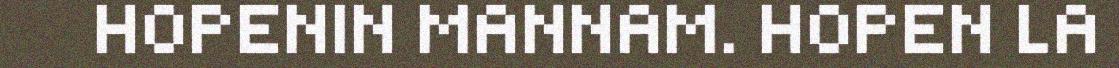
HOPENIN MANNAM. HOPEN LA